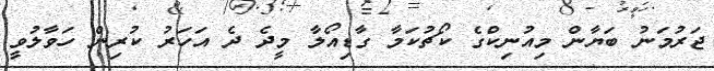
ޖަރުމަނު ބަޔާން މިއުނިކްގެ ކޯޗުކަމާ ގާޑިއޯލާ މީދެ ދެ އަހަރު ކުރިން ހަވާލުވީ